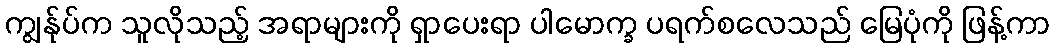
ကျွန်ုပ်က သူလိုသည့် အရာများကို ရှာပေးရာ ပါမောက္ခ ပရက်စလေသည် မြေပုံကို ဖြန့်ကာ